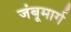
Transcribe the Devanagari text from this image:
जंबूमार्ग